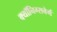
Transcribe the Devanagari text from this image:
क्यॉनिग्सबेर्ग